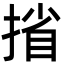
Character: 㨘